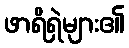
ဖာရိရှဲများ၏